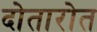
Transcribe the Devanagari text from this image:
दोतारोत